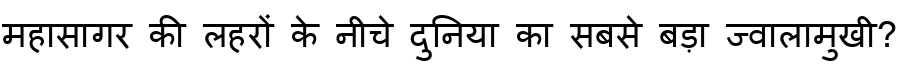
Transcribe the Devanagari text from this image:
महासागर की लहरों के नीचे दुनिया का सबसे बड़ा ज्वालामुखी?